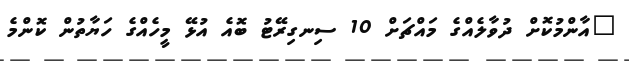
"އާންމުކޮށް ދުވާލެއްގެ މައްޗަށް 10 ސިނގިރޭޓު ބޮއެ އުޅޭ މީހެއްގެ ހަޔާތުން ކޮންމެ